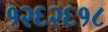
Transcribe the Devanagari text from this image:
१२६२६१८